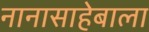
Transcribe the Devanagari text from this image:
नानासाहेबाला